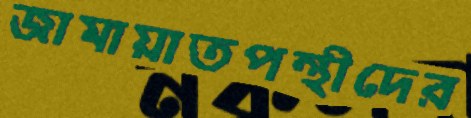
জামায়াতপন্থীদের